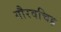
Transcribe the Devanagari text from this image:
गौरवचिह्र